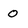
Character: o